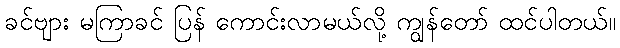
ခင်ဗျား မကြာခင် ပြန် ကောင်းလာမယ်လို့ ကျွန်တော် ထင်ပါတယ်။